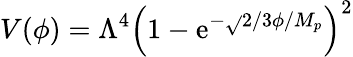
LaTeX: V(\phi)=\Lambda^{4}\left(1-\mathrm{e}^{-{\sqrt{}{{2/3}}}\phi/M_{p}}\right)^{2}